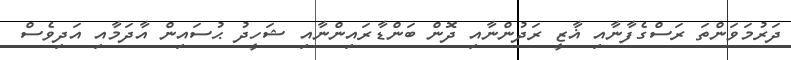
ދަރުމަވަންތަ ރަސްގެފާނާއި ޣާޒީ ރަދުންނާއި ދޮން ބަންޑާރައިންނާއި ޝަހީދު ޙުސައިން އާދަމާއި އަދިވެސް